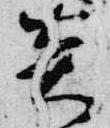
炎